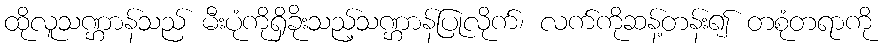
ထိုလူသဏ္ဌာန်သည် မီးပုံကိုရှိခိုးသည့်သဏ္ဌာန်ပြုလိုက်၊ လက်ကိုဆန့်တန်း၍ တစုံတရာကို